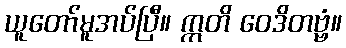
ယူတော်မူအပ်ပြီ။ ဣတိ ဝေဒိတဗ္ဗံ။